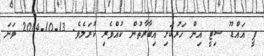
ޕީ އައްޑޫ ސިޓީ އިން ހަރުކަށި އިބާރާތުން ކުއްވެރި ކުރަމެވެ. 13-10-2014 ވަނަ